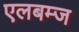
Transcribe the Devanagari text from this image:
एलबम्ज